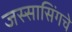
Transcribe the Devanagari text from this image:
जस्सासिंगचे